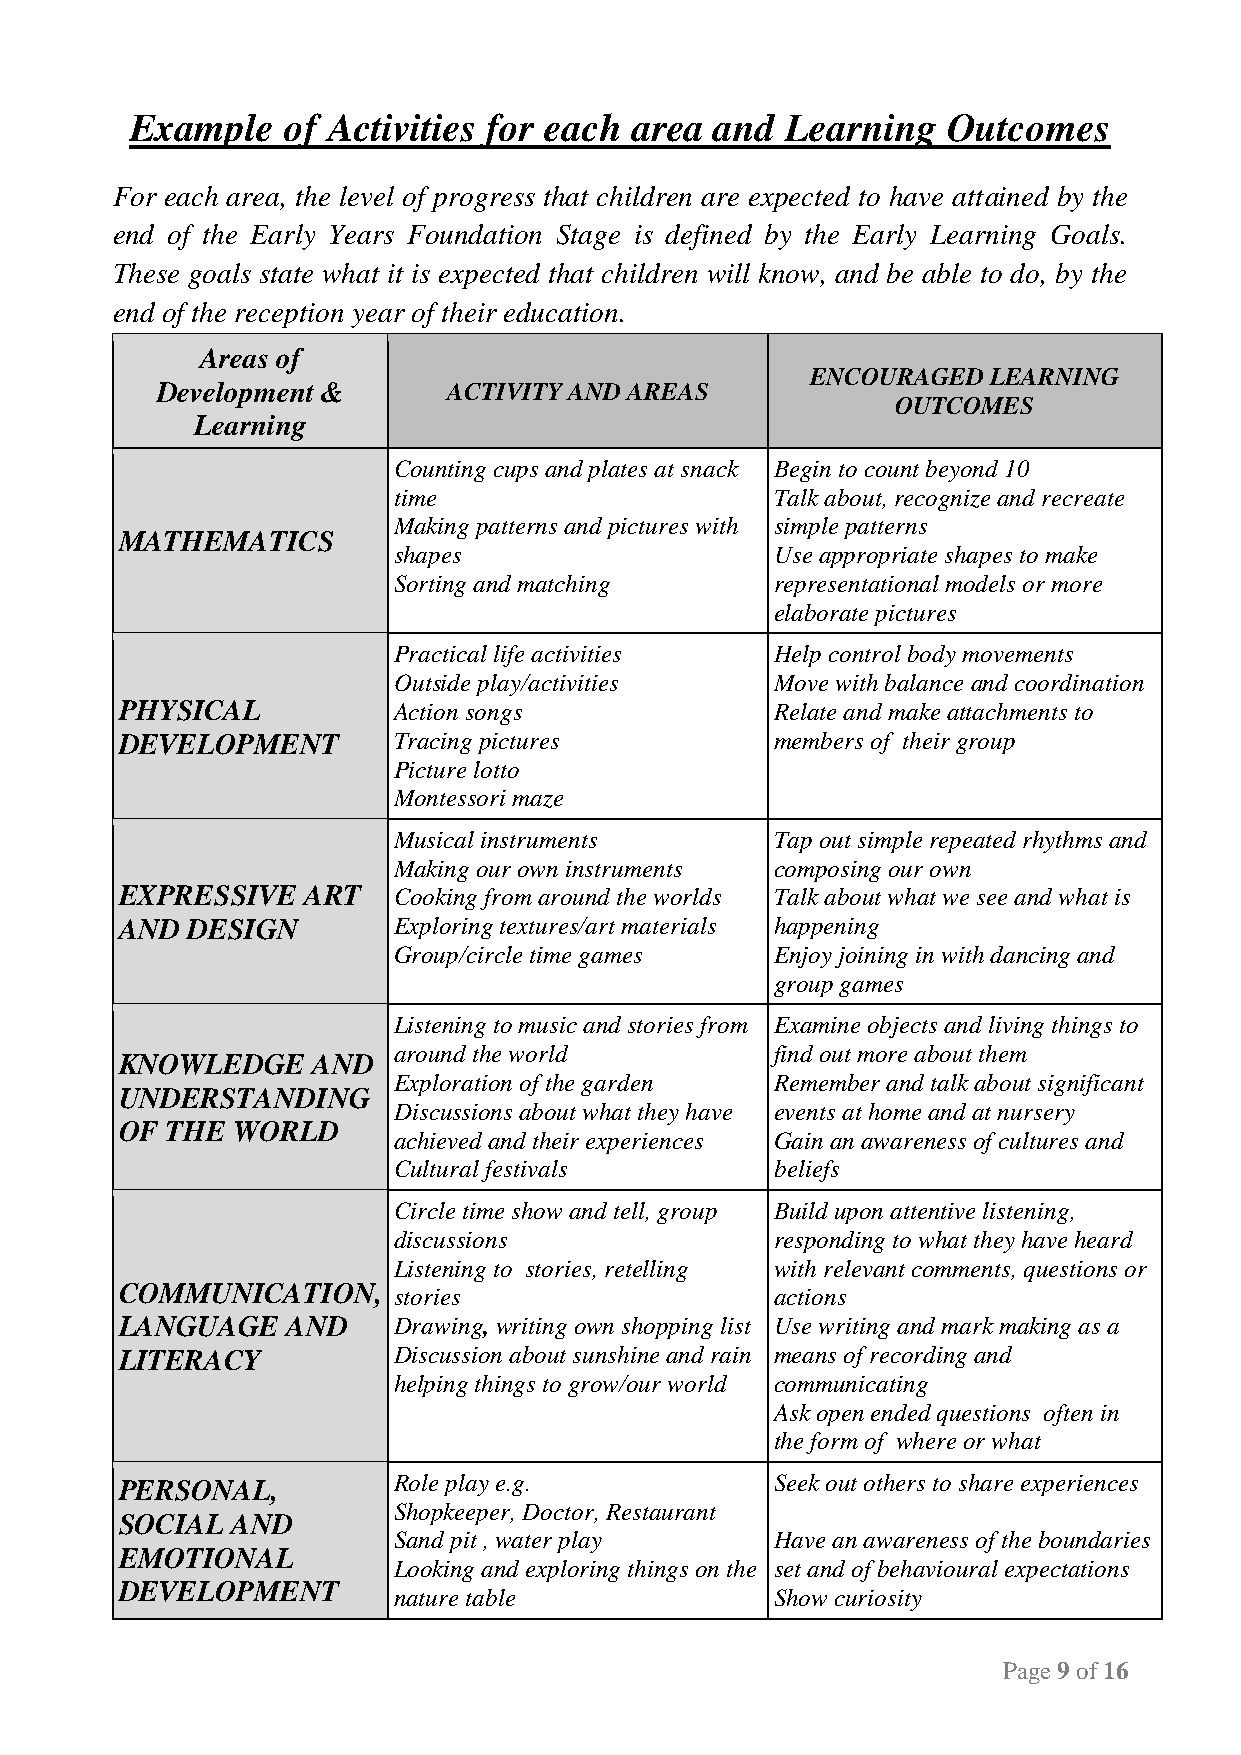
Example   of Activities for each area and  Learning   Outcomes
 For each area, the level of progress that children are expected to have attained by the
 end of the Early Years Foundation Stage is defined by the Early Learning Goals.
 These goals state what it is expected that children will know, and be able to do, by the
 end of the reception year of their education.
 Areas of
 ENCOURAGED  LEARNING
 Development &       ACTIVITY AND AREAS
 OUTCOMES
 Learning
 Counting cups and plates at snack Begin to count beyond 10
 time                     Talk about, recognize and recreate
 Making patterns and pictures with simple patterns
 MATHEMATICS
 shapes                   Use appropriate shapes to make
 Sorting and matching     representational models or more
 elaborate pictures
 Practical life activities Help control body movements
 Outside play/activities  Move with balance and coordination
 PHYSICAL          Action songs             Relate and make attachments to
 DEVELOPMENT       Tracing pictures         members of their group
 Picture lotto
 Montessori maze
 Musical instruments      Tap out simple repeated rhythms and
 Making our own instruments composing our own
 EXPRESSIVE  ART   Cooking from around the worlds Talk about what we see and what is
 AND DESIGN        Exploring textures/art materials happening
 Group/circle time games  Enjoy joining in with dancing and
 group games
 Listening to music and stories from Examine objects and living things to
 around the world         find out more about them
 KNOWLEDGE    AND
 Exploration of the garden Remember and talk about significant
 UNDERSTANDING
 Discussions about what they have events at home and at nursery
 OF THE WORLD
 achieved and their experiences Gain an awareness of cultures and
 Cultural festivals       beliefs
 Circle time show and tell, group Build upon attentive listening,
 discussions              responding to what they have heard
 Listening to stories, retelling with relevant comments, questions or
 COMMUNICATION,    stories                  actions
 LANGUAGE   AND    Drawing, writing own shopping list Use writing and mark making as a
 LITERACY          Discussion about sunshine and rain means of recording and
 helping things to grow/our world communicating
 Ask open ended questions often in
 the form of where or what
 PERSONAL,         Role play e.g.           Seek out others to share experiences
 Shopkeeper, Doctor, Restaurant
 SOCIAL AND
 Sand pit , water play    Have an awareness of the boundaries
 EMOTIONAL
 Looking and exploring things on the set and of behavioural expectations
 DEVELOPMENT
 nature table             Show curiosity
 Page 9 of 16